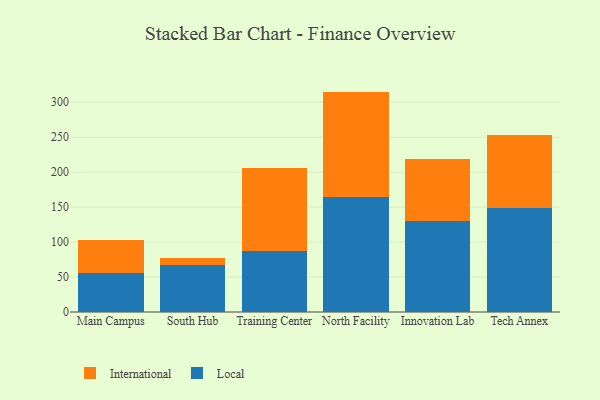
{"axis": {"x": "Campus", "y": "Churn Rate (%)"}, "legend": ["International", "Local"], "data": [{"x": "Main Campus", "y": 55.4, "type": "Local"}, {"x": "Main Campus", "y": 47.7, "type": "International"}, {"x": "South Hub", "y": 67.6, "type": "Local"}, {"x": "South Hub", "y": 9.4, "type": "International"}, {"x": "Training Center", "y": 87.5, "type": "Local"}, {"x": "Training Center", "y": 118.4, "type": "International"}, {"x": "North Facility", "y": 164.5, "type": "Local"}, {"x": "North Facility", "y": 150.6, "type": "International"}, {"x": "Innovation Lab", "y": 130.2, "type": "Local"}, {"x": "Innovation Lab", "y": 88.3, "type": "International"}, {"x": "Tech Annex", "y": 148.1, "type": "Local"}, {"x": "Tech Annex", "y": 105.6, "type": "International"}]}